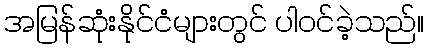
အမြန်ဆုံးနိုင်ငံများတွင် ပါဝင်ခဲ့သည်။